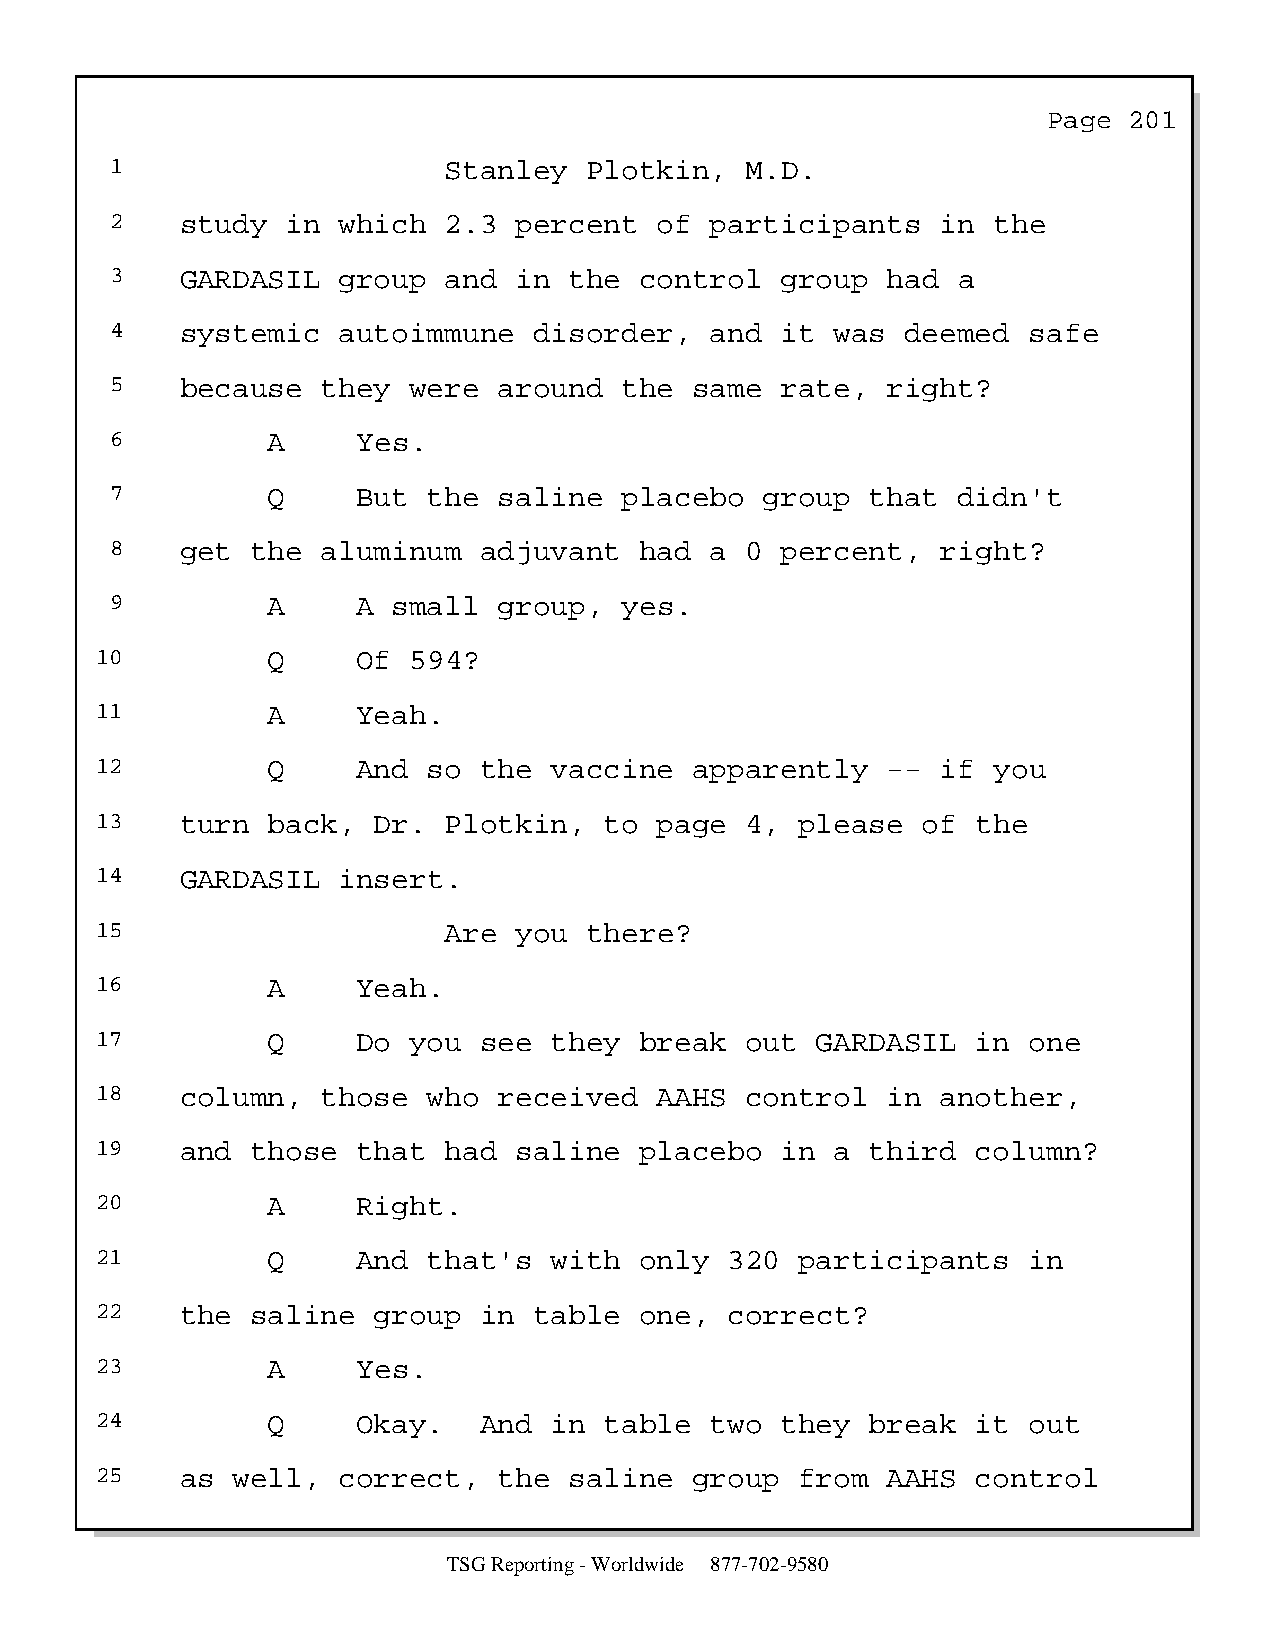
Page  201
 1                     Stanley   Plotkin,  M.D.
 2    study  in which  2.3  percent   of participants   in  the
 3    GARDASIL  group  and  in  the control   group  had a
 4    systemic  autoimmune   disorder,   and  it was  deemed  safe
 5    because  they  were  around  the  same  rate,  right?
 6          A     Yes.
 7          Q     But the  saline  placebo   group  that didn't
 8    get  the aluminum   adjuvant  had  a 0  percent,  right?
 9          A     A small  group,  yes.
 10          Q     Of 594?
 11          A     Yeah.
 12          Q     And so  the vaccine   apparently   -- if  you
 13    turn  back,  Dr. Plotkin,   to  page 4,  please  of  the
 14    GARDASIL  insert.
 15                     Are  you  there?
 16          A     Yeah.
 17          Q     Do you  see they  break  out  GARDASIL   in one
 18    column,  those  who  received   AAHS control   in another,
 19    and  those  that had  saline  placebo   in a  third  column?
 20          A     Right.
 21          Q     And that's  with  only  320  participants   in
 22    the  saline  group  in table  one,  correct?
 23          A     Yes.
 24          Q     Okay.   And in  table  two  they  break  it out
 25    as well,  correct,   the  saline  group  from  AAHS  control
 TSG Reporting - Worldwide 877-702-9580